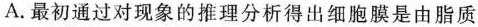
A.最初通过对现象的推理分析得出细胞膜是由脂质